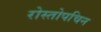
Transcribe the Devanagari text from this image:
रोस्तोपचिन